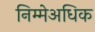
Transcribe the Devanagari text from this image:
निम्मेअधिक